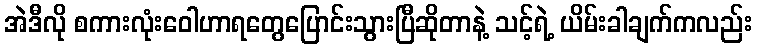
အဲဒီလို စကားလုံးဝေါဟာရတွေပြောင်းသွားပြီဆိုတာနဲ့ သင့်ရဲ့ ယိမ်းခါချက်ကလည်း